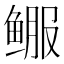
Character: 𬶚